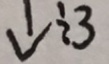
\downarrow \div 3